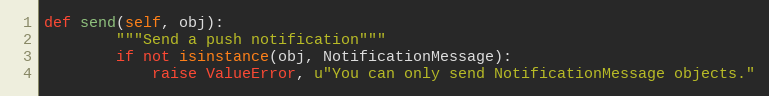
Language: Python
def send(self, obj):
		"""Send a push notification"""
		if not isinstance(obj, NotificationMessage):
			raise ValueError, u"You can only send NotificationMessage objects."